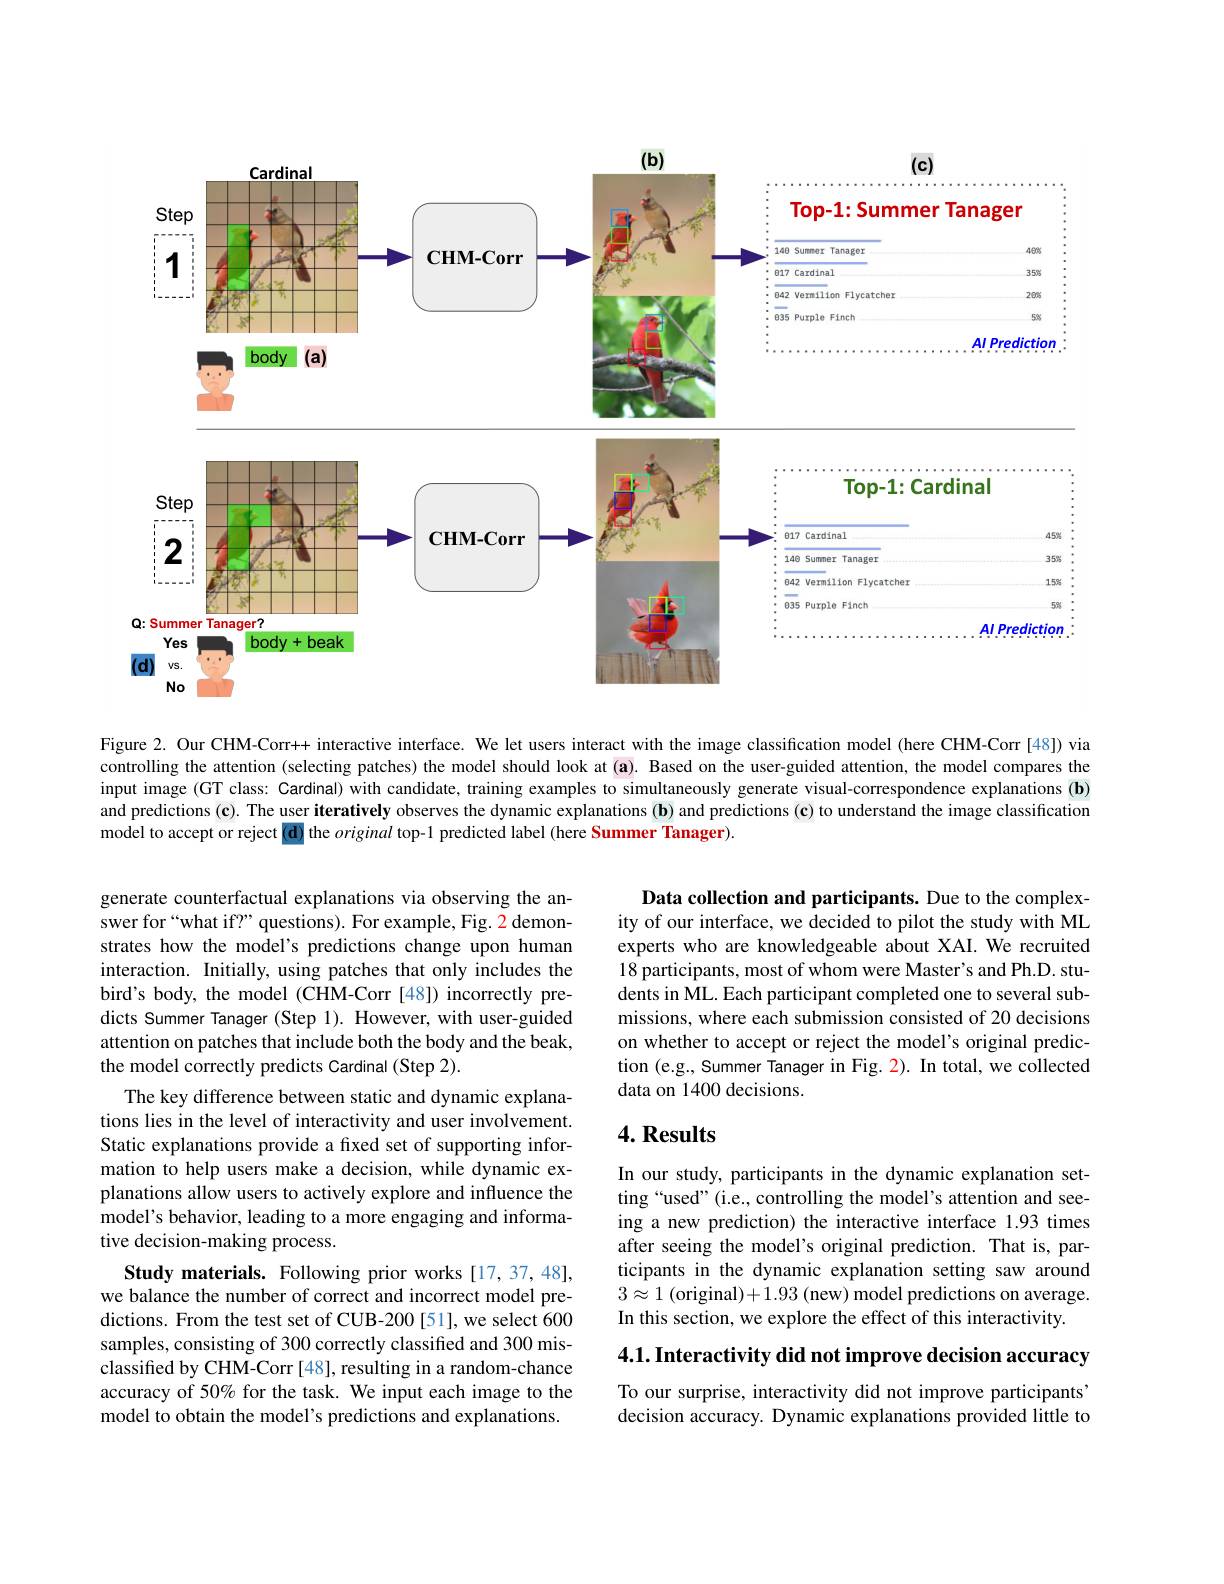
<FigureHere>

Figure 2. Our CHM-Corr++ interactive interface. We let users interact with the image classification model (here CHM-Corr[48]) via controlling the attention (selecting patches) the model should look at (a). Based on the user-guided attention, the model compares the input image (GT class: Cardinal) with candidate, training examples to simultaneously generate visual-correspondence explanations (b) and predictions (c). The user iteratively observes the dynamic explanations (b) and predictions (c) to understand the image classification model to accept or reject (d) the original top-1 predicted label (here Summer Tanager).

Data collection and participants. Due to the complexity of our interface, we decided to pilot the study with ML experts who are knowledgeable about XAI. We recruited 18 participants, most of whom were Master's and Ph.D. students in ML. Each participant completed one to several submissions, where each submission consisted of 20 decisions on whether to accept or reject the model's original prediction (e.g., Summer Tanager in Fig. 2). In total, we collected data on 1400 decisions.

### $4. \textbf{Results}$

generate counterfactual explanations via observing the answer for“what if?” questions). For example, Fig. 2 demonstrates how the model's predictions change upon human interaction. Initially, using patches that only includes the bird's body, the model (CHM-Corr [48]) incorrectly predicts Summer Tanager (Step 1). However, with user-guided attention on patches that include both the body and the beak, the model correctly predicts Cardinal (Step 2).
The key difference between static and dynamic explanations lies in the level of interactivity and user involvement. Static explanations provide a fixed set of supporting information to help users make a decision, while dynamic explanations allow users to actively explore and influence the model's behavior, leading to a more engaging and informative decision-making process.
Study materials. Following prior works [17,37,48], we balance the number of correct and incorrect model predictions. From the test set of CUB-200 [51], we select 600 samples, consisting of 300 correctly classified and 300 misclassified by CHM-Corr [48], resulting in a random-chance accuracy of 50% for the task. We input each image to the model to obtain the model's predictions and explanations.

In our study, participants in the dynamic explanation setting“used”(i.e., controlling the model's attention and seeing a new prediction) the interactive interface 1.93 times after seeing the model's original prediction. That is, participants in the dynamic explanation setting saw around $3\approx1$ (original)+1.93 (new) model predictions on average. In this section, we explore the effect of this interactivity.

4.1. Interactivity did not improve decision accuracy

To our surprise, interactivity did not improve participants' decision accuracy. Dynamic explanations provided little to